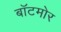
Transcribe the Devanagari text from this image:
बॉटमोर